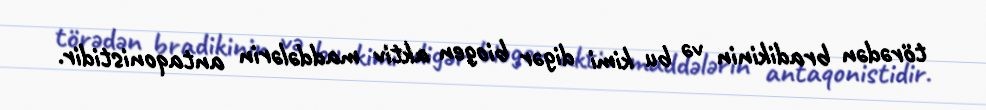
törədən bradikinin və bu kimi digər biogen aktiv maddələrin antaqonistidir.